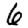
Digit: 6